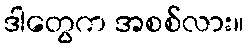
ဒါတွေက အစစ်လား။